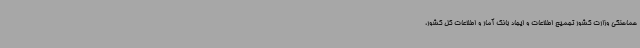
هماهنگی وزارت کشور تجمیع اطلاعات و ایجاد بانک آمار و اطلاعات کل کشور،